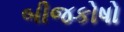
બીજકોષો